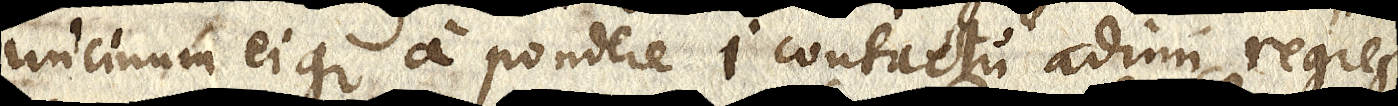
uncinum eique a pondere i contactu adimi regres-